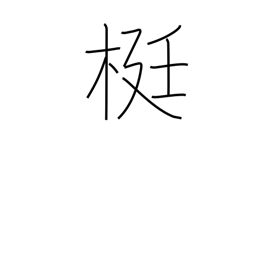
Meaning: lever